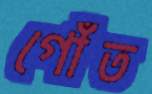
গোঁত